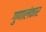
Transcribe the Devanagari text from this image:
गुणालंकार